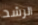
الرشد